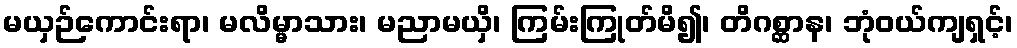
မယှဉ်ကောင်းရာ၊ မလိမ္မာသား၊ မညာမယှိ၊ ကြမ်းကြုတ်မိ၍၊ တိဂစ္ဆာန၊ ဘုံဝယ်ကျရှင့်၊